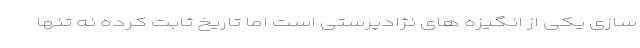
سازی یکی از انگیزه های نژادپرستی است اما تاریخ ثابت کرده نه تنها